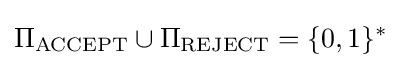
\Pi _{\text{ACCEPT}}\cup \Pi _{\text{REJECT}}=\{0,1\}^{*}